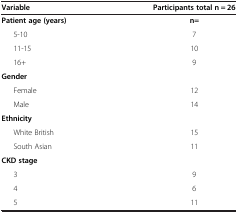
<table><thead><tr><td><b>Variable</b></td><td><b>Participants total n = 26</b></td></tr></thead><tbody><tr><td><b>Patient age (years)</b></td><td><b>n=</b></td></tr><tr><td> 5-10</td><td>7</td></tr><tr><td> 11-15</td><td>10</td></tr><tr><td> 16+</td><td>9</td></tr><tr><td><b>Gender</b></td><td> </td></tr><tr><td> Female</td><td>12</td></tr><tr><td> Male</td><td>14</td></tr><tr><td><b>Ethnicity</b></td><td> </td></tr><tr><td> White British</td><td>15</td></tr><tr><td> South Asian</td><td>11</td></tr><tr><td><b>CKD stage</b></td><td> </td></tr><tr><td> 3</td><td>9</td></tr><tr><td> 4</td><td>6</td></tr><tr><td> 5</td><td>11</td></tr></tbody></table>